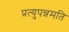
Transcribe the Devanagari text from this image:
प्रत्युपन्नमति